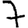
Digit: 7